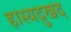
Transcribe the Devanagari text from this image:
हास्यदुखद